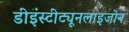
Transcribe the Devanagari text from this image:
डीइंस्टीट्यूनलाइजोन